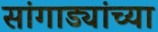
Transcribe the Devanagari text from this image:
सांगाड्यांच्या